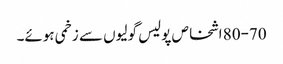
80-70 اشخاص پولیس گولیوں سے زخمی ہوئے۔